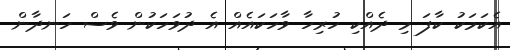
އެކަމަކު ކާފަ މި ދެއްކި ހުރިހާ ވާހަކައެއް އެ ދުވަހަކުން ވެސް ހަނދާން